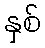
နှစ်